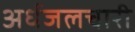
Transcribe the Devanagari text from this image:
अर्धजलचारी